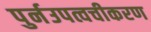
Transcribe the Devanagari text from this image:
पुर्नउपत्वचीकरण